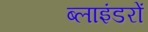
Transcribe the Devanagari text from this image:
ब्लाइंडरों